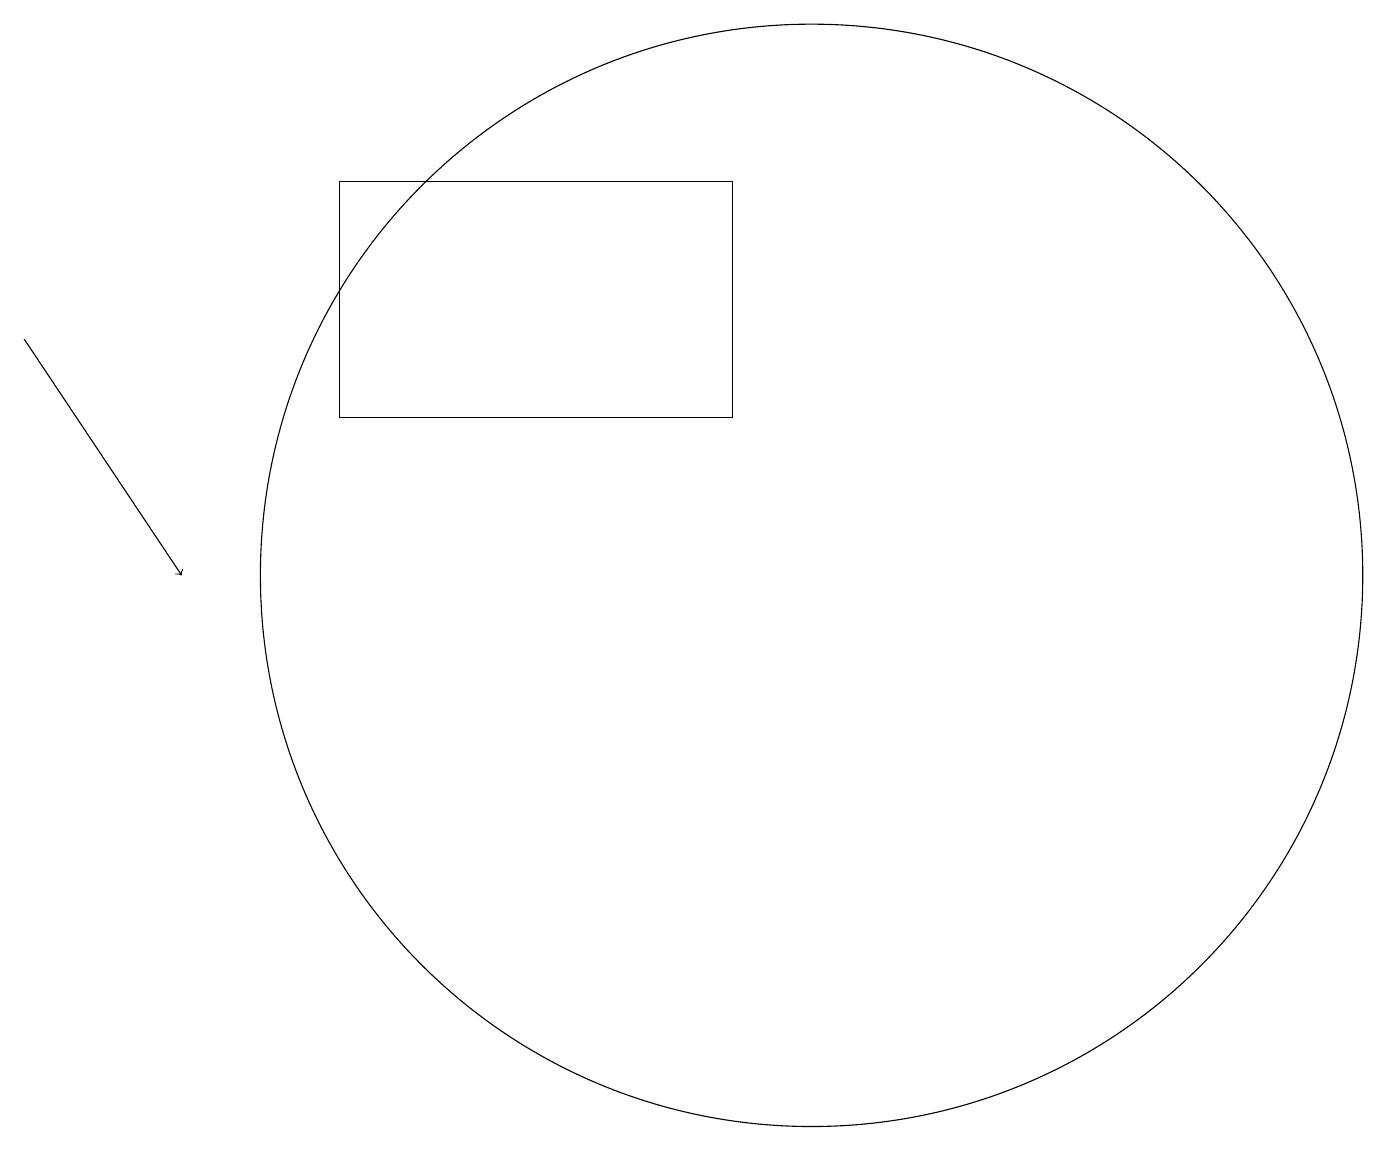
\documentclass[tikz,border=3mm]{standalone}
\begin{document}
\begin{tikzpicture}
\draw[->] (0,13) -- (2,10);
\draw (8,17) rectangle (8,17);
\draw (10,10) circle (7);
\draw (9,12) rectangle (4,15);
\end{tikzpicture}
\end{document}